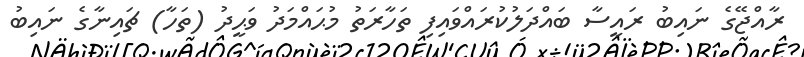
ރާއްޖޭގެ ނައިބު ރައީސާ ބައްދަލުކުރައްވައިފި ތަހާރަތު މުޙައްމަދު ވަޙީދު (ތަހާ) ޗައިނާގެ ނައިބު